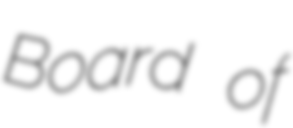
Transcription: Board of